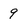
Character: 9